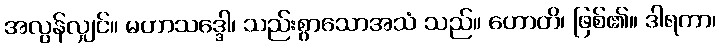
အလွန်လျှင်။ မဟာသဒ္ဒေါ၊ သည်းစွာသောအသံ သည်။ ဟောတိ၊ ဖြစ်၏။ ဒါရကာ၊